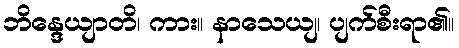
ဘိန္ဒေယျာတိ၊ ကား။ နာသေယျ၊ ပျက်စီးရာ၏။